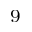
^ 9